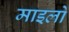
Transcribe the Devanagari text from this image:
माइलो